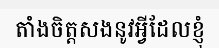
តាំងចិត្តសងនូវអ្វីដែលខ្ញុំ